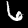
Label: 6